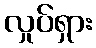
လှုပ်ရှား